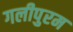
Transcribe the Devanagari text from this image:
गलीपुरम